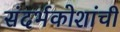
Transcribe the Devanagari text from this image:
संदर्भकोशांची